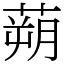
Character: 蒴